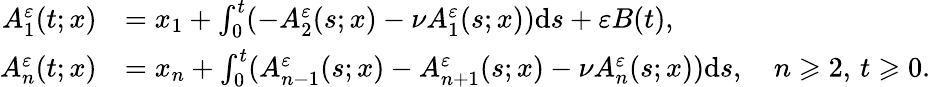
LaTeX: \begin{array}{rl}{A_{1}^{\varepsilon}(t;x)}&{=x_{1}+\int_{0}^{t}(-A_{2}^{\varepsilon}(s;x)-\nu A_{1}^{\varepsilon}(s;x))\mathrm{d}s+\varepsilon B(t),}\\ {A_{n}^{\varepsilon}(t;x)}&{=x_{n}+\int_{0}^{t}({A_{n-1}^{\varepsilon}(s;x)}-A_{n+1}^{\varepsilon}(s;x)-\nu A_{n}^{\varepsilon}(s;x))\mathrm{d}s,\quad n\geqslant 2,\, t\geqslant 0.}\end{array}